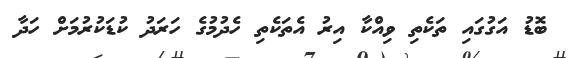
ބޮޑު އަގުގައި ތަކެތި ވިއްކާ އިރު އެތަކެތި ހެދުމުގެ ހަރަދު ކުޑަކުރުމަށް ހަދާ